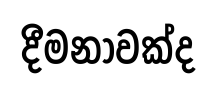
දීමනාවක්ද